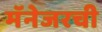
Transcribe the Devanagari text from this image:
मॅनेजरची